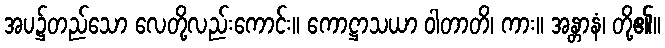
အပ၌တည်သော လေတို့လည်းကောင်း။ ကောဋ္ဌာသယာ ဝါတာတိ၊ ကား။ အန္တာနံ၊ တို့၏။